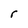
Character: r